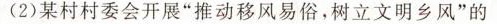
(2)某村村委会开展”推动移风易俗，树立文明乡风”的